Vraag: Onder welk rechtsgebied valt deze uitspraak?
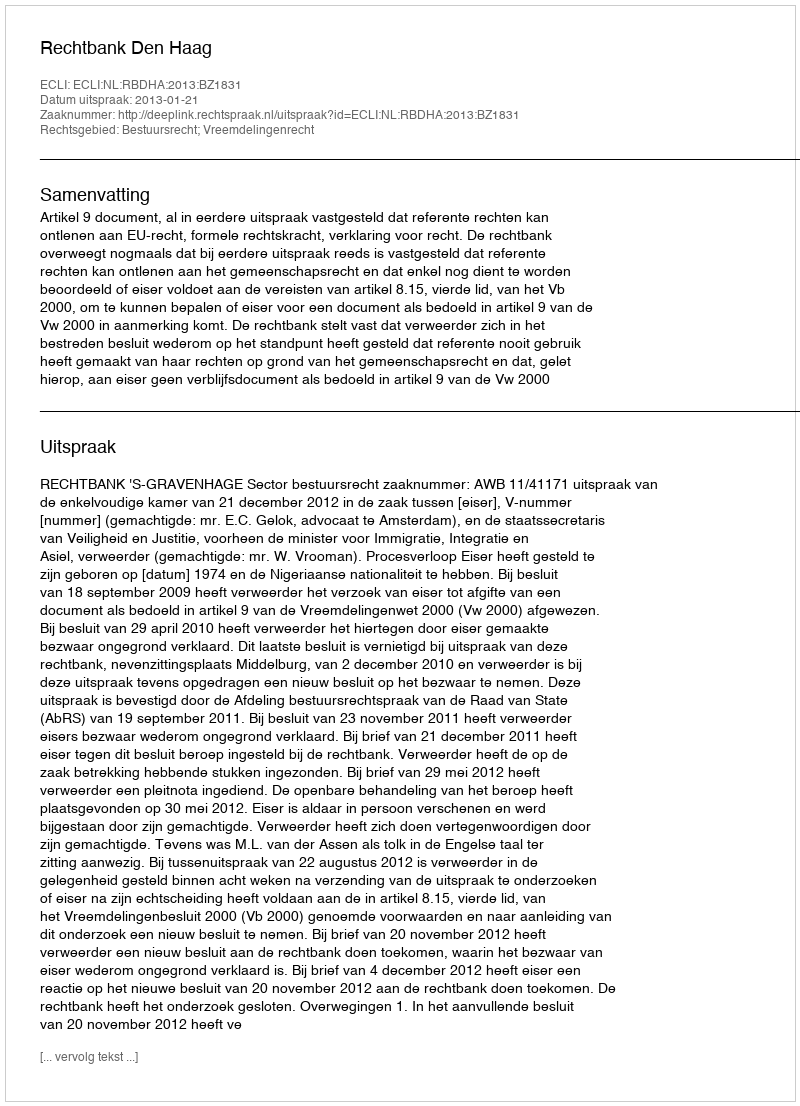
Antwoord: Bestuursrecht; Vreemdelingenrecht